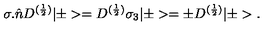
{ \sigma } . \hat { n } D ^ { ( \frac { 1 } { 2 } ) } | \pm > = D ^ { ( \frac { 1 } { 2 } ) } { \sigma } _ { 3 } | \pm > = { \pm } D ^ { ( \frac { 1 } { 2 } ) } | \pm > .